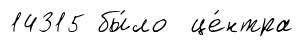
14315 бы́ло це́нтра